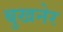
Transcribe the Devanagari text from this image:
बुखनेर